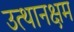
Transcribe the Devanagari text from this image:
उत्थानक्षम